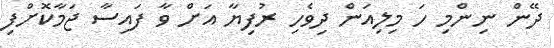
ދޭން ނިންމި ހަ މިލިއަން ދިވެހި ރުފިޔާ އަށް ވާ ފައިސާ ޖަމާކޮށްފި